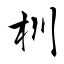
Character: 杊